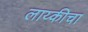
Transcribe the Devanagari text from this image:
लाय्कीचा